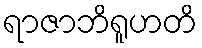
ရာဇာဘိရူဟတိ